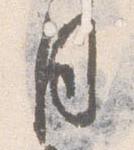
月